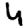
Digit: 4